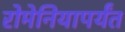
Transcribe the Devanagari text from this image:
रोमेनियापर्यंत